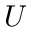
U